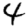
Digit: 4